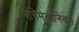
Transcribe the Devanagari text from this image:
एनिमेट्रॉनिक्स